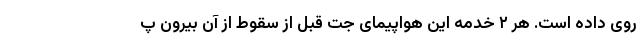
روی داده است. هر ۲ خدمه این هواپیمای جت قبل از سقوط از آن بیرون پ